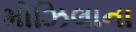
મોઝિલાના